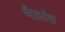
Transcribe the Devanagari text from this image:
मैलांत